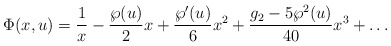
\begin{align*}\Phi(x,u) = {1\over x} - {{\wp(u)}\over 2} x +{{\wp'(u)}\over 6} x^2 + {{g_2-5\wp^2(u)}\over{40}} x^3+ \ldots \end{align*}